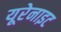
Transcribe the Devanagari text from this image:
यूरेनाइट